Vaccination in Burma 1889-1999 - 1889-1999
Year: 1889
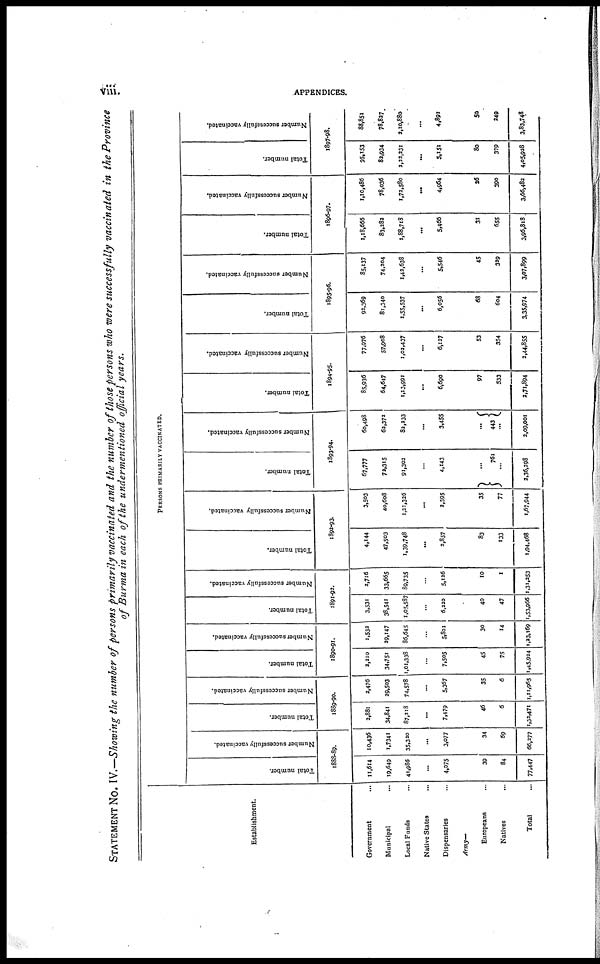
viii
APPENDICES.
STATEMENT No. IV.—Showing the number of persons primarily vaccinated and the number of those persons who were successfully vaccinated in the Province
of Burma in each of the undermentioned official years.
Establishment.
Government ...
Municipal ...
Local Funds ...
Native States ...
Dispensaries ...
Army—
Europeans ...
Natives
...
Total ...
PERSONS PRIMARILY VACCINATED.
Total number.
Number successfully vaccinated.
1888-89.
11,614
19,649
41,986
...
4,075
39
84
77,447
10,436
1,7341
35,320
...
3,077
34
69
66,277
Total number.
Number successfully vaccinated.
1889-90.
2,881
34,841
87,218
...
7,479
46
6
1,32,471
2,476
29,503
74,578
...
35
6
1,11,965
Total number.
Number successfully vaccinated.
1890-91.
2,210
34,751
1,01,338
...
7,505
45
75
1,45,924
1,532
29,147
86,645
...
5,801
30
14
1,23,169
Total number.
Number successfully vaccinated.
1891-92.
3,531
38,541
1,05,587
...
6,220
40
47
1,53,966
2,716
33,665
89,735
5,126
10
1
1,31,253
Total number.
Number successfully vaccinated.
1892-93.
4,144
47,503
1,39,748
...
2,857
83
133
1,94,468
3,503
40,608
1,21,326
...
2,395
35
77
1,67,944
Total number.
Number successfully vaccinated.
1893-94.
67,777
73,315
91,302
...
4,143
... 761
...
2,36,298
60,498
62,372
82,333
...
3,455
...
443
...
2,09,001
Total number.
Number successfully vaccinated.
1894-95.
85,936
64,647
1,13,991
...
6,690
97
533
2,71,894
77,976
57,908
1,02,437
...
6,127
53
354
2,44,855
Total number.
Number successfully vaccinated.
1895-96.
92,369
81,340
1,55,537
...
6,056
68
604
3,35,974
85,137
74,204
1,42,638
...
5,546
45
329
3,07,899
Total number.
Number successfully vaccinated.
1896-97.
1,18,666
83,282
1,88,718
...
5,466
31
655
3,96,818
1,10,486
78,036
1,72,580
...
4,964
26
390
3,66,482
Total number.
Number successfully vaccinated.
1897-98.
95,153
82,934
2,22,231
...
5,151
80
379
4,05,928
88,851
78,827
3,10,880
...
4,891
50
249
3,83,748